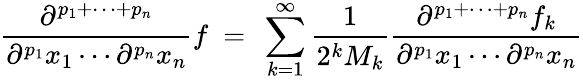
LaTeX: {\frac{\partial^{p_{1}+\cdots+p_{n}}}{\partial^{p_{1}}x_{1}\cdots\partial^{p_{n}}x_{n}}}f~=~\sum_{k=1}^{\infty}{\frac{1}{2^{k}M_{k}}}{\frac{\partial^{p_{1}+\cdots+p_{n}}f_{k}}{\partial^{p_{1}}x_{1}\cdots\partial^{p_{n}}x_{n}}}